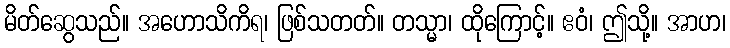
မိတ်ဆွေသည်။ အဟောသိကိရ၊ ဖြစ်သတတ်။ တသ္မာ၊ ထိုကြောင့်။ ဧဝံ၊ ဤသို့။ အာဟ၊